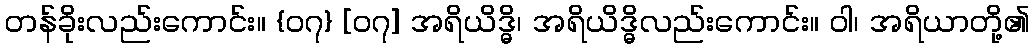
တန်ခိုးလည်းကောင်း။ {၀၇} [၀၇] အရိယိဒ္ဓိ၊ အရိယိဒ္ဓိလည်းကောင်း။ ဝါ၊ အရိယာတို့၏